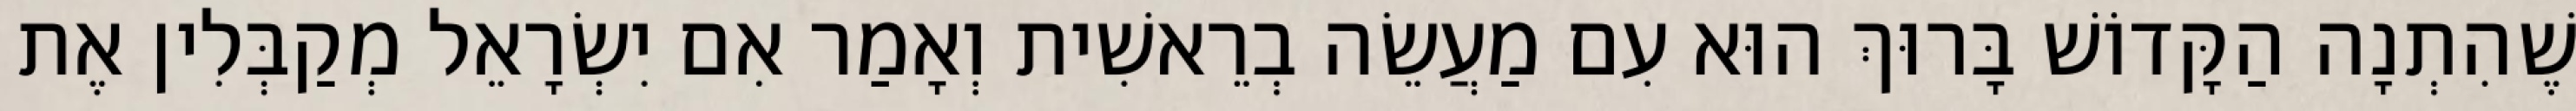
שֶׁהִתְנָה הַקָּדוֹשׁ בָּרוּךְ הוּא עִם מַעֲשֵׂה בְרֵאשִׁית וְאָמַר אִם יִשְׂרָאֵל מְקַבְּלִין אֶת